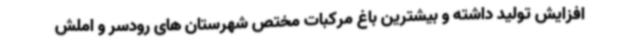
افزایش تولید داشته و بیشترین باغ مرکبات مختص شهرستان های رودسر و املش